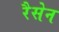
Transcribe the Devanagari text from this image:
रैसेन